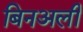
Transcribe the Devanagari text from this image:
बिनअली